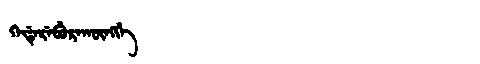
Manchu: ᡴᡝᡩᡝᡵᡝᠪᡠᡵᠠᡴᡡᠩᡤᡝ
Romanization: KEDEREBURAKŪNGGE